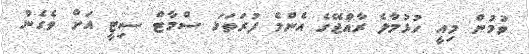
ވުމުން މިއީ ހުޅުމާލެ ރާއްޖޭގެ އެންމެ ފުރަތަމަ ސްމާޓް ސިޓީ އަށް ވެގެން